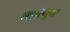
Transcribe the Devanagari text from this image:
सहारनुपर